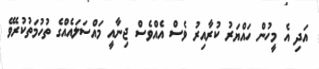
އަދި އެ މީހުން ހައްޔަރު ކުރާއިރު ވެސް އެއްވެސް ޖިނާއީ މައްސަލައެއްގެ ތުހުމަތުކުރެވޭ